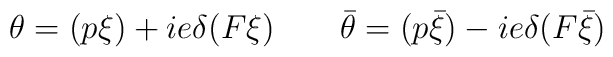
\theta =(p\xi)+ie\delta(F\xi) \qquad\bar{\theta} =(p\bar{\xi})-ie\delta(F\bar{\xi})